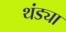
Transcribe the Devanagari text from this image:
थंड्या